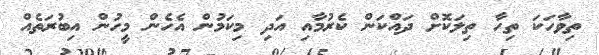
ތިވާހަކަ ތިހާ ތިލަކޮށް ދައްކަން ކެރުމާއި އަދި މިކަމުން އެހެން މީހުން އިބުރަތެއް